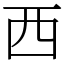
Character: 西